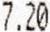
7.20